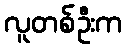
လူတစ်ဦးက